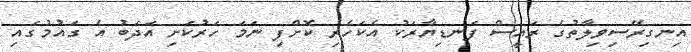
އިނގިރޭސިވިލާތުގެ ރައީސް ފަނޑިޔާރަކު އެކަހެރި ކޮށްފި ނަމަ ހަރުކަށި އަދަބު އެ ގައުމުގައި